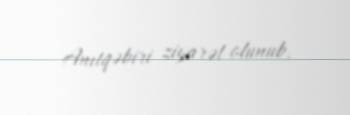
Anıtqəbiri ziyarət olunub.